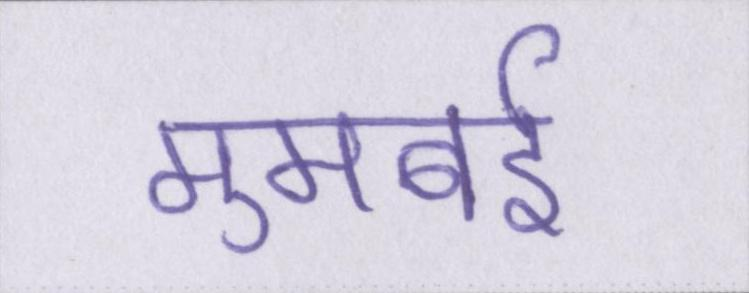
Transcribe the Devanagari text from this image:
मुमबई